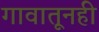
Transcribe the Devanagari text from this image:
गावातूनही